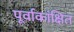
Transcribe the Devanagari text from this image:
पूर्वाकांक्षित